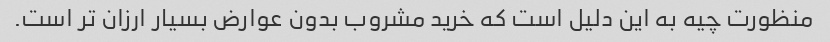
منظورت چیه به این دلیل است که خرید مشروب بدون عوارض بسیار ارزان تر است.